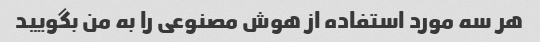
هر سه مورد استفاده از هوش مصنوعی را به من بگویید